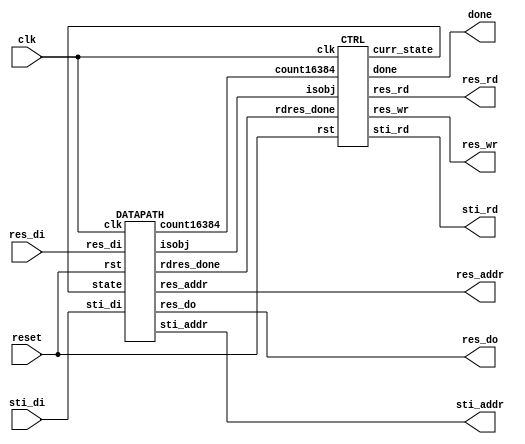
module DT(
	input 			    clk, 
	input			    reset,
	output  		    done ,
	output  		    sti_rd ,
	output	    [9:0]	sti_addr ,
	input		[15:0]	sti_di,
	output  		    res_wr ,
	output  		    res_rd ,
	output	    [13:0]	res_addr ,
	output	    [7:0]	res_do,
	input		[7:0]	res_di
);
wire [13:0] count16384;
wire rdres_done, isobj;
wire [3:0] state;

CTRL ctrl(
    .clk(clk),
    .rst(reset),
    .sti_rd(sti_rd),
    .res_rd(res_rd),
    .res_wr(res_wr),
    .done(done),
    .curr_state(state),
    .count16384(count16384),
    .rdres_done(rdres_done),
    .isobj(isobj)
);
DATAPATH dpath(
    .clk(clk),
    .rst(reset),
    .state(state),
    .sti_di(sti_di),
    .count16384(count16384),
    .rdres_done(rdres_done),
    .isobj(isobj),
    .res_di(res_di),
    .res_do(res_do),
    .res_addr(res_addr),
    .sti_addr(sti_addr)
);

endmodule   // END OF DT

//*******************************************************
//********************* CONTROL *************************
//*******************************************************
module CTRL (
    clk, rst, isobj,
    sti_rd, res_wr, res_rd, done, rdres_done,
    curr_state, count16384
);

input clk, rst, isobj;
output reg sti_rd, res_wr, res_rd, done;
output reg [3:0] curr_state;
input rdres_done;

parameter ST_INIT       = 4'd0,
          ST_FWRDPX     = 4'd1,
          ST_FWRDRES    = 4'd2,
          ST_FWWRT      = 4'd3,
          ST_FW2BW      = 4'd4,
          ST_BWRDPX     = 4'd5,
          ST_BWRDRES    = 4'd6,
          ST_BWWRT      = 4'd7,
          ST_DONE       = 4'd8;

reg [3:0] next_state;
input [13:0]  count16384;         // count 0 - 16383
// reg sti_rd_reg, res_rd_reg, done_reg, res_wr_reg;
wire fw_done,  bw_done, isobj;

assign fw_done = (count16384 == 14'd16383);
assign bw_done = (count16384 == 14'd0);

// NEXT STATE LOGIC
// {{{
always @(*) begin
    case (curr_state)
        ST_INIT:
            next_state = (sti_rd) ? ST_FWRDPX : ST_INIT;
        ST_FWRDPX:
            next_state = ST_FWRDRES;
        ST_FWRDRES: begin
            if (isobj) begin
                if (rdres_done)
                    next_state = ST_FWWRT;
                else
                    next_state = ST_FWRDRES;
            end
            else
                next_state = ST_FWWRT;
        end
        ST_FWWRT:
            next_state = (fw_done) ? ST_FW2BW : ST_FWRDPX;
        ST_FW2BW:
            next_state = ST_BWRDPX;
        ST_BWRDPX: begin
            next_state = ST_BWRDRES;
        end
        ST_BWRDRES: begin
            if (isobj) begin
                if (rdres_done)
                    next_state = ST_BWWRT;
                else
                    next_state = ST_BWRDRES;
            end
            else
                next_state = ST_BWWRT;
        end
        ST_BWWRT:
            next_state = (bw_done) ? ST_DONE : ST_BWRDPX;
            // next_state = ST_DONE;
        ST_DONE:
            next_state = ST_DONE;
        default:
            next_state = ST_INIT;
    endcase
end
// }}}

// STATE REGISTER
always @(posedge clk or negedge rst) begin
    if (!rst)
        curr_state  <= ST_INIT;
    else
        curr_state  <= next_state;
end

// OUTPUT LOGIC
// {{{
always @(*) begin
    case (curr_state)
        ST_INIT: begin
            sti_rd  = (rst) ? 1'b1 : 1'b0;
            res_rd  = 1'b0;
            res_wr  = 1'b0;
            done    = 1'b0;
        end
        ST_FWRDPX: begin
            sti_rd  = 1'b1;
            res_rd  = 1'b0;
            res_wr  = 1'b0;
            done    = 1'b0;
        end
        ST_FWRDRES: begin
            sti_rd  = 1'b0;
            res_rd  = 1'b1;
            res_wr  = 1'b0;
            done    = 1'b0;
        end
        ST_FWWRT: begin
            sti_rd  = 1'b0;
            res_rd  = 1'b0;
            res_wr  = 1'b1;
            done    = 1'b0;
        end
        ST_FW2BW: begin
            sti_rd  = 1'b0;
            res_rd  = 1'b0;
            res_wr  = 1'b0;
            done    = 1'b0;
        end
        ST_BWRDPX: begin
            sti_rd  = 1'b0;
            res_rd  = 1'b1;
            res_wr  = 1'b0;
            done    = 1'b0;
        end
        ST_BWRDRES: begin
            sti_rd  = 1'b0;
            res_rd  = 1'b1;
            res_wr  = 1'b0;
            done    = 1'b0;
        end
        ST_BWWRT: begin
            sti_rd  = 1'b0;
            res_rd  = 1'b0;
            res_wr  = 1'b1;
            done    = 1'b0;
        end
        ST_DONE: begin
            sti_rd  = 1'b0;
            res_rd  = 1'b0;
            res_wr  = 1'b0;
            done    = 1'b1;
        end
        default: begin
            sti_rd  = 1'b0;
            res_rd  = 1'b0;
            res_wr  = 1'b0;
            done    = 1'b0;
        end
    endcase
end
endmodule

//*******************************************************
//********************* DATAPATH ************************
//*******************************************************
module DATAPATH (
    clk, rst, 
    state,
    sti_di,
    count16384, rdres_done,
    isobj,
    res_di, res_do, res_addr, sti_addr
);

parameter ST_INIT       = 4'd0,
          ST_FWRDPX     = 4'd1,
          ST_FWRDRES    = 4'd2,
          ST_FWWRT      = 4'd3,
          ST_FW2BW      = 4'd4,
          ST_BWRDPX     = 4'd5,
          ST_BWRDRES    = 4'd6,
          ST_BWWRT      = 4'd7,
          ST_DONE       = 4'd8;

input clk, rst;
input [3:0] state;
input [15:0] sti_di;
input [7:0] res_di;

output reg [13:0] count16384;   
output reg isobj;
output reg [7:0] res_do;
output reg [13:0] res_addr;
output rdres_done;

output [9:0] sti_addr;


wire [3:0] px_pos;

wire [13:0] rdres_addr [0:4];
wire [13:0] rdres_addr_b [0:4];

reg [7:0] data4 [0:3];
reg [7:0] fwres, temp1, temp2, temp3, temp4, res_din;
reg [3:0] count4;

reg top_out, left_out, right_out, bot_out;
wire outrange, outrange2;

assign rdres_done = (count4 == 4'd3);

assign rdres_addr[0] = count16384 - 14'd129,
       rdres_addr[1] = count16384 - 14'd128,
       rdres_addr[2] = count16384 - 14'd127,
       rdres_addr[3] = count16384 - 14'd1;
assign rdres_addr_b[0] = count16384 + 14'd1,
       rdres_addr_b[1] = count16384 + 14'd127,
       rdres_addr_b[2] = count16384 + 14'd128,
       rdres_addr_b[3] = count16384 + 14'd129;

assign outrange = (top_out | left_out),
       outrange2 = (right_out | bot_out);

assign sti_addr = count16384[13:4],
       px_pos  = (4'b1111 - count16384[3:0]);
   
// border detect
always @(*) begin
    if (state == 4'd2) begin
        top_out = (rdres_addr[count4] > count16384);
        left_out = (count16384[7:0] == 8'b0 && rdres_addr[count4][6:0] == 7'h7f);
        right_out = 4'd0;
        bot_out = 4'd0;
    end
    else if (state == 4'd6) begin
        right_out = (count16384[6:0] == 7'h7f && rdres_addr_b[count4][7:0] == 8'b0);
        bot_out = (rdres_addr_b[count4] < count16384);
        left_out = 4'd0;
        top_out = 4'd0;
    end
    else begin
        left_out = 4'd0; right_out = 4'd0;
        top_out = 4'd0; bot_out = 4'd0;
    end
end

// cal forward res
always @(*) begin
    case (state)
        ST_FWRDRES: begin
            temp1 = (data4[0] < data4[1]) ? data4[0] : data4[1];
            temp2 = (data4[2] < data4[3]) ? data4[2] : data4[3];
            temp3 = (temp1 < temp2) ? temp1 : temp2;
            temp4 = 8'b0;
            fwres = (isobj) ? (temp3 + 8'b1) : 8'b0;
        end
        ST_FWWRT: begin
            temp1 = (data4[0] < data4[1]) ? data4[0] : data4[1];
            temp2 = (data4[2] < data4[3]) ? data4[2] : data4[3];
            temp3 = (temp1 < temp2) ? temp1 : temp2;
            temp4 = 8'b0;
            fwres = (isobj) ? (temp3 + 8'b1) : 8'b0;
        end
        ST_BWRDRES: begin
            temp1 = (data4[0] < data4[1]) ? data4[0] : data4[1];
            temp2 = (data4[2] < data4[3]) ? data4[2] : data4[3];
            temp3 = (temp1 < temp2) ? temp1 : temp2;
            temp4 = (temp3 + 8'b1 < res_din) ? (temp3 + 8'b1) : res_din;
            fwres = (isobj) ? temp4 : 8'b0;
        end 
        ST_BWWRT: begin
            temp1 = (data4[0] < data4[1]) ? data4[0] : data4[1];
            temp2 = (data4[2] < data4[3]) ? data4[2] : data4[3];
            temp3 = (temp1 < temp2) ? temp1 : temp2;
            temp4 = ((temp3 + 8'b1) < res_din) ? (temp3 + 8'b1) : res_din;
            fwres = (isobj) ? temp4 : 8'b0;
        end 
        default: begin
            temp1 = 8'b0; temp2 = 8'b0;
            temp3 = 8'b0; temp4 = 8'b0;
            fwres = 8'b0;
        end
    endcase
end

// COUNTER
always @(posedge clk or negedge rst) begin
    if (!rst) begin
        count16384  <= 14'b0;
        count4      <= 4'b0;
    end
    else begin
        case (state) 
            ST_INIT: begin
                count4          <= 4'b0;
                count16384      <= 14'b0;
            end
            ST_FWRDPX: begin
                count4          <= 4'b0;
            end
            ST_FWRDRES: begin
                count4          <= count4 + 4'b1;
            end
            ST_FWWRT: begin
               count16384       <= count16384 + 14'b1;
               count4           <= 4'b0;
            end
            ST_FW2BW: begin
                count16384      <= 14'd16383;
            end
            ST_BWRDPX : begin
                count4          <= 4'b0;
            end
            ST_BWRDRES: begin
                count4          <= count4 + 4'b1;
            end
            ST_BWWRT: begin
                count16384      <= count16384 - 14'b1;
                count4          <= 4'b0;
            end
            
        endcase
    end
end

// DATA, ADDR
always @(posedge clk or negedge rst) begin 
    if (!rst) begin
        isobj       <= 1'b0;
    end
    else begin
        case (state) 
            ST_INIT: begin
                isobj           <= 1'b0;            
            end
            ST_FWRDPX: begin
                isobj           <= sti_di[px_pos];        
                res_addr        <= (sti_di[px_pos]) ? rdres_addr[0] : res_addr;
            end
            ST_FWRDRES: begin
                res_addr        <= (count4 == 4'd3 || !(isobj)) ? count16384 : rdres_addr[count4 + 1];  // setting addr wrt back to mem
                data4[count4]   <= (outrange) ? 8'hff : res_di;
            end
            ST_FWWRT: begin
                isobj           <= 1'b0;
            end
            ST_FW2BW: begin
                res_addr        <= 14'd16383;
            end
            ST_BWRDPX: begin
                isobj           <= (res_di) ? 1'b1 : 1'b0;
                res_din         <= res_di;
                res_addr        <= (res_di) ? rdres_addr_b[0] : res_addr;
            end
            ST_BWRDRES: begin
                res_addr        <= (count4 == 4'd3 || !(isobj)) ? count16384 : rdres_addr_b[count4 + 1];    // setting addr wrt back to mem
                data4[count4]   <= (outrange2) ? 8'hff : res_di;
            end
            ST_BWWRT: begin
                isobj           <= 1'b0;
                res_addr        <= count16384 - 14'b1;
            end
        endcase
    end
end

always @(*) begin
    if (state == ST_FWWRT || state == ST_BWWRT)
        res_do = (isobj) ? fwres : 8'b0;
    else
        res_do = 8'b0;
end
endmodule